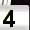
Digit: 4